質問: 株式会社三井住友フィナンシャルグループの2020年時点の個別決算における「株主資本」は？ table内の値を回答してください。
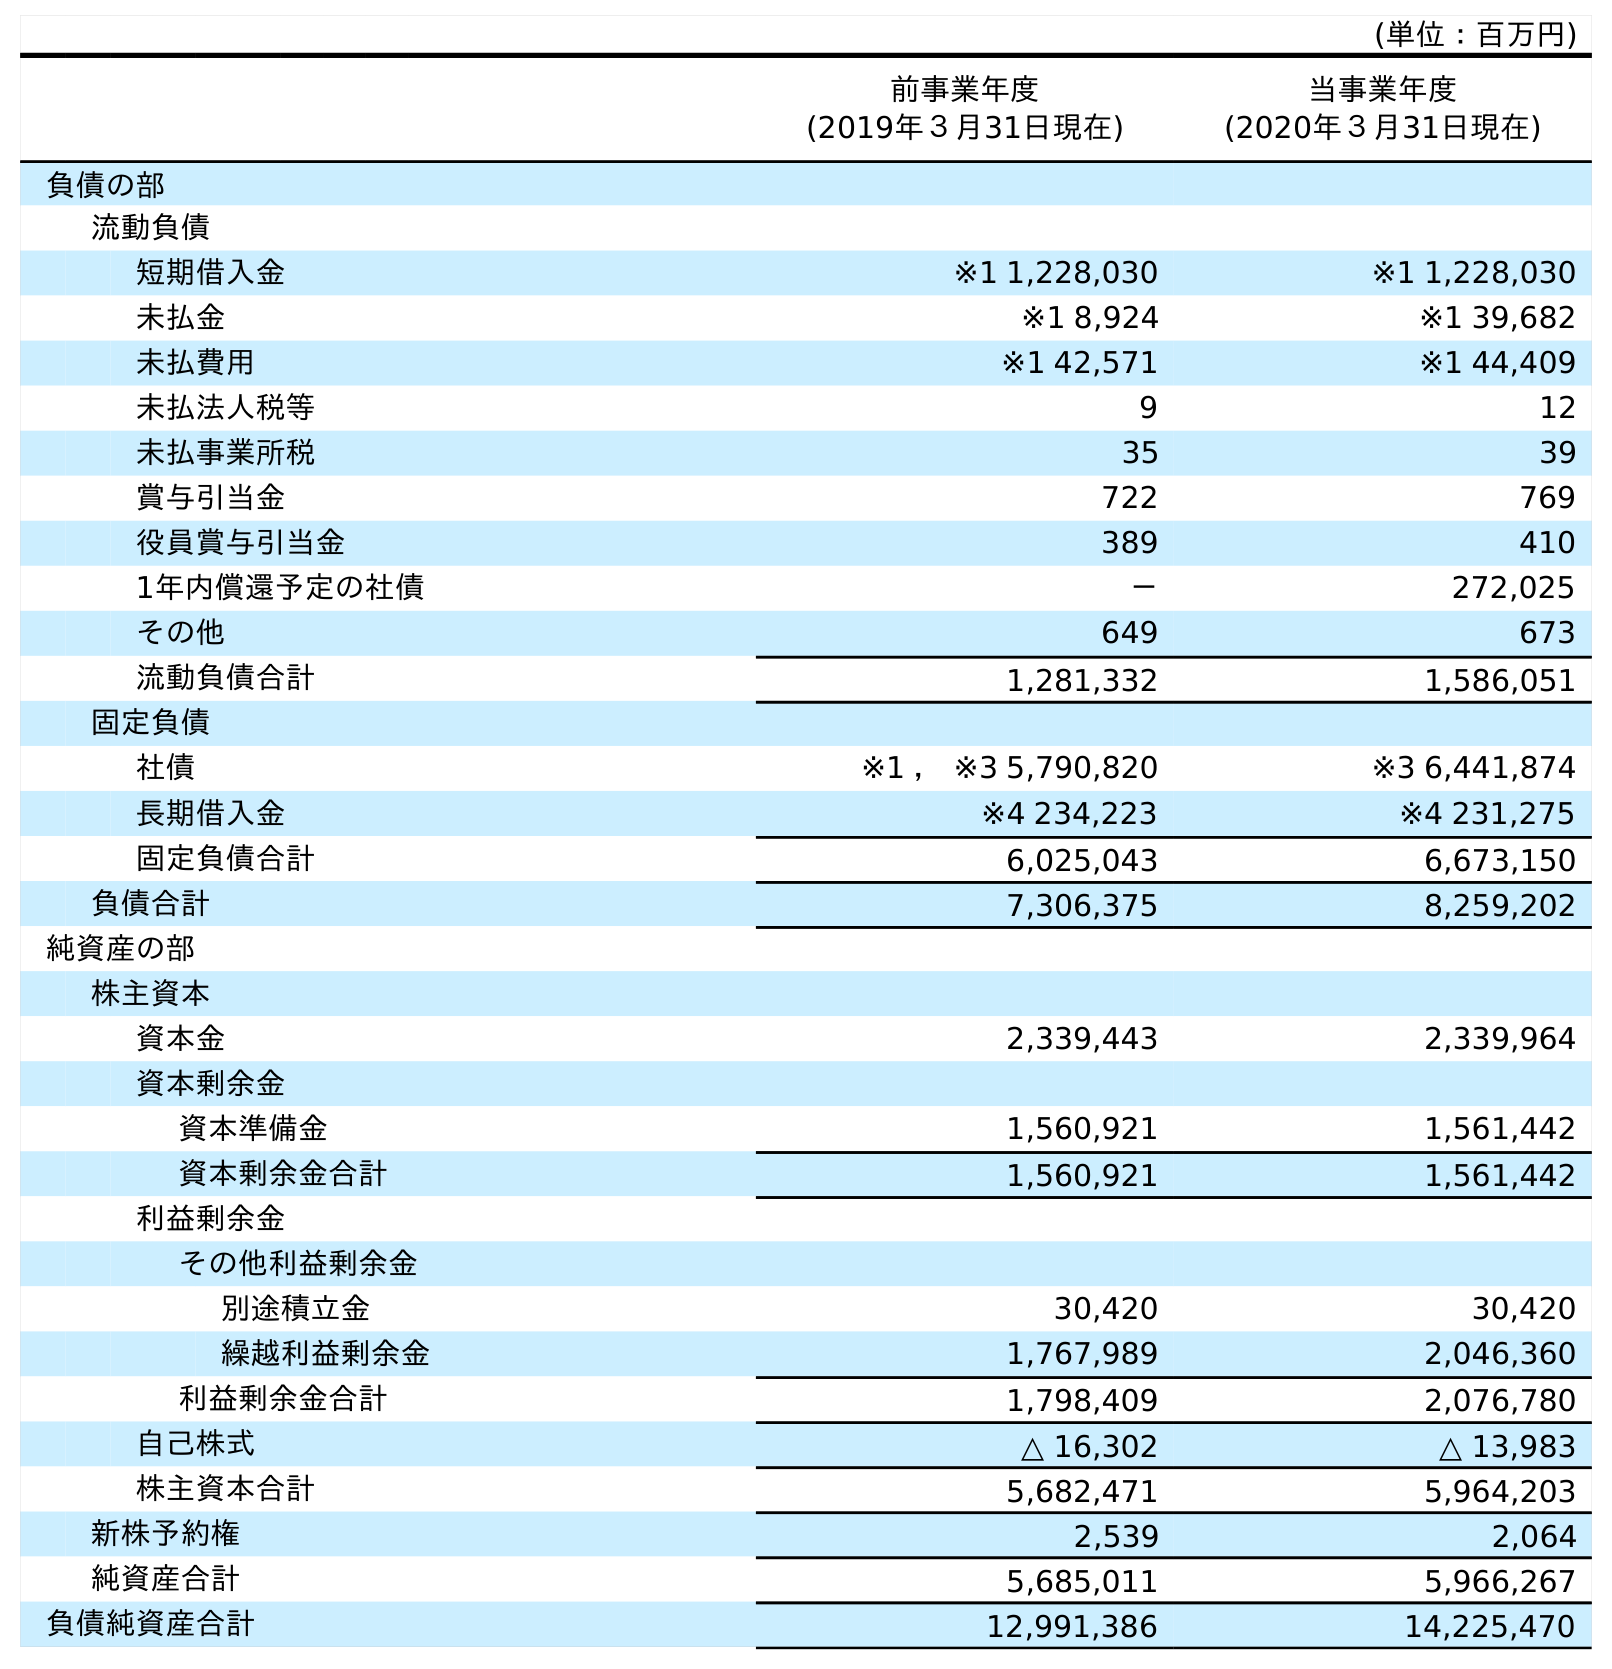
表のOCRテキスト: (単位：百万円) 前事業年度 (2019年３月31日現在) 当事業年度 (2020年３月31日現在) 負債の部 流動負債 短期借入金 ※1 1,228,030 ※1 1,228,030 未払金 ※1 8,924 ※1 39,682 未払費用 ※1 42,571 ※1 44,409 未払法人税等 9 12 未払事業所税 35 39 賞与引当金 722 769 役員賞与引当金 389 410 1年内償還予定の社債 － 272,025 その他 649 673 流動負債合計 1,281,332 1,586,051 固定負債 社債 ※1 ， ※3 5,790,820 ※3 6,441,874 長期借入金 ※4 234,223 ※4 231,275 固定負債合計 6,025,043 6,673,150 負債合計 7,306,375 8,259,202 純資産の部 株主資本 資本金 2,339,443 2,339,964 資本剰余金 資本準備金 1,560,921 1,561,442 資本剰余金合計 1,560,921 1,561,442 利益剰余金 その他利益剰余金 別途積立金 30,420 30,420 繰越利益剰余金 1,767,989 2,046,360 利益剰余金合計 1,798,409 2,076,780 自己株式 △ 16,302 △ 13,983 株主資本合計 5,682,471 5,964,203 新株予約権 2,539 2,064 純資産合計 5,685,011 5,966,267 負債純資産合計 12,991,386 14,225,470
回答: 5,964,203